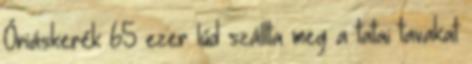
Óriáskerék 65 ezer lúd szállta meg a tatai tavakat